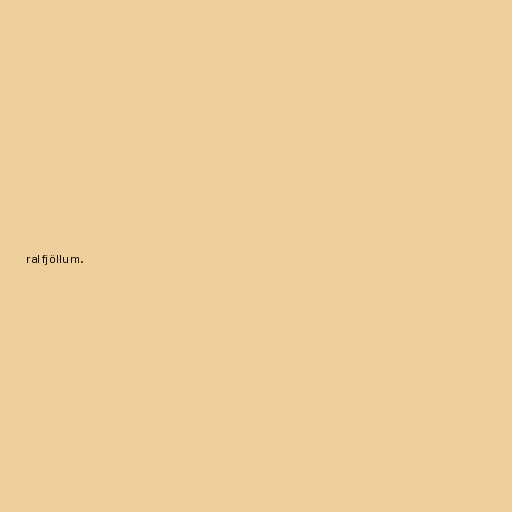
ralfjöllum.